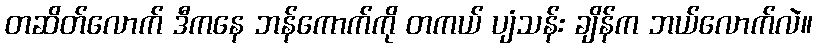
တဆိတ်လောက် ဒီကနေ ဘန်ကောက်ကို တကယ် ပျံသန်း ချိန်က ဘယ်လောက်လဲ။